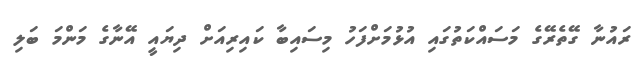
ރައުނާ ގޭތެރޭގެ މަސައްކަތުގައި އުޅުމަށްފަހު މިސައިބާ ކައިރިއަށް ދިޔައީ އޭނާގެ މަންމަ ބަލި